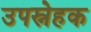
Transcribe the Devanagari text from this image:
उपस्नेहक